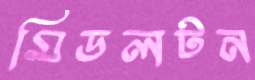
মিডলটন